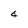
Character: 4